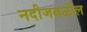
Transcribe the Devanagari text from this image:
नदीजवळील